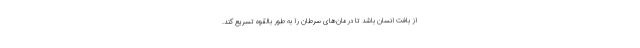
از بافت انسان باشد تا درمان‌های سرطان را به طور بالقوه تسریع کند.